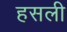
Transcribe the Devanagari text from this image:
हसली